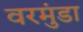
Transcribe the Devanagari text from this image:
वरमुंडा